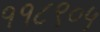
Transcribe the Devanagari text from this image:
११८९०५